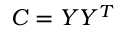
C = Y Y ^ { T }